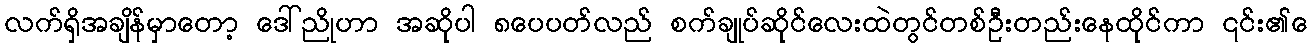
လက်ရှိအချိန်မှာတော့ ဒေါ်ညိုဟာ အဆိုပါ ၈ပေပတ်လည် စက်ချုပ်ဆိုင်လေးထဲတွင်တစ်ဦးတည်းနေထိုင်ကာ ၎င်း၏ေ